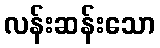
လန်းဆန်းသော